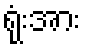
ရုံးအား